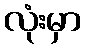
လုံးမှာ